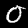
Digit: 0